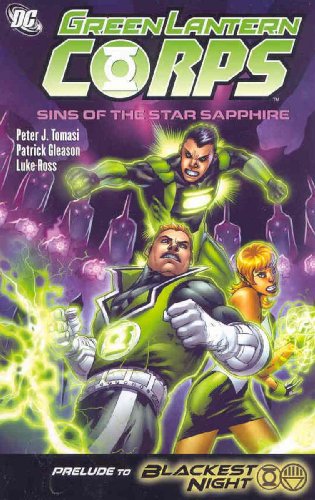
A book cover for Green Lantern Corps: Sins of the Star Sapphire; Peter Tomasi; Comics & Graphic Novels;